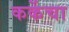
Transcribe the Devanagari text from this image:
कर्केचा